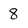
Character: 8